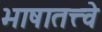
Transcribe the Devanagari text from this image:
भाषातत्त्वे